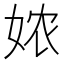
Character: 𭑸